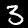
Digit: 3